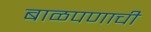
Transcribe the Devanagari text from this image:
बाळपणाची